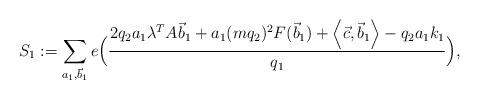
LaTeX: \begin{align*}S_1:=\sum_{a_1,\vec{b}_1} e\Big(\frac{2q_2a_1\lambda^TA\vec{b}_1+a_1(mq_2)^2F(\vec{b}_1)+\left<\vec{c},\vec{b}_1\right>-q_2a_1k_1 }{q_1} \Big),\end{align*}